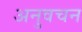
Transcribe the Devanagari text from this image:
अनुवचन